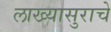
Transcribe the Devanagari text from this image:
लाख्यासुराचे